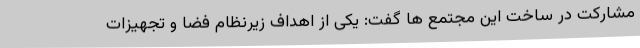
مشارکت در ساخت این مجتمع ها گفت: یکی از اهداف زیرنظام فضا و تجهیزات